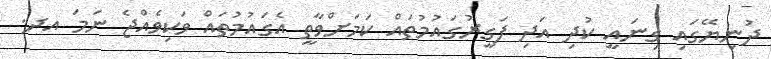
ދުނިޔޭގައި ގިނައީ ކުދި އަދި ފަގީރުގައުމުތައް ކަމަށްވާތީ އެގައުމުތައް ވަކިވެއްޖެ ނަމަ އދ.